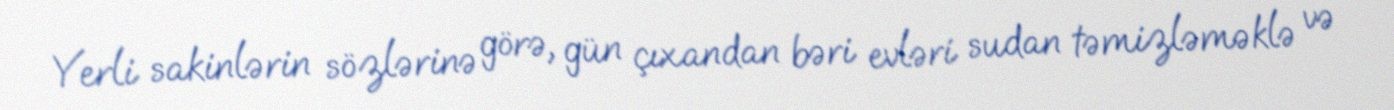
Yerli sakinlərin sözlərinə görə, gün çıxandan bəri evləri sudan təmizləməklə və